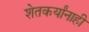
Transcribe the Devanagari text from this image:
शेतकर्यांनाही